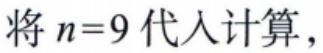
将 \(n = 9\) 代入计算，